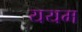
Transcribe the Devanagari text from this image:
ययम